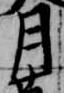
月